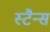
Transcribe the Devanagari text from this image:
स्टैन्स